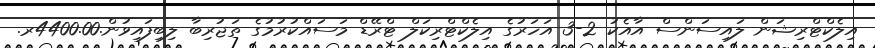
އިލެކްޓްރިޝަން ލައިސަންސް އާއެކު 2-3 އަހަރުގެ އިލެކްޓްރިކަލް ޓްރޭޑް މަސައްކުރުމުގެ ތަޖުރިބާ ލިބިފައިވުން.4400.00ރ.